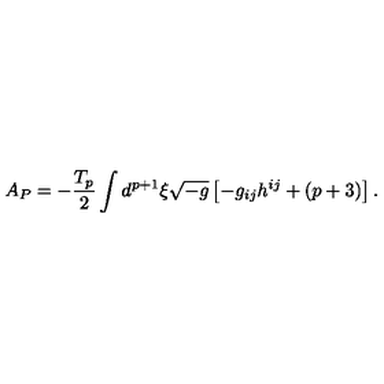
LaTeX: A _ { P } = - \frac { T _ { p } } { 2 } \int d ^ { p + 1 } { \xi } \sqrt { - g } \left[ - g _ { i j } h ^ { i j } + ( p + 3 ) \right] .